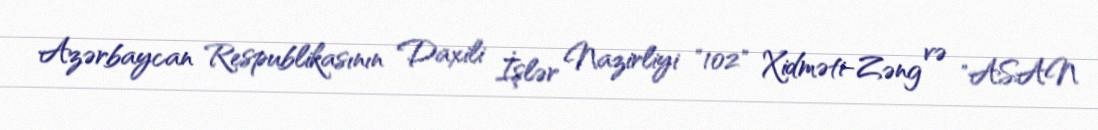
Azərbaycan Respublikasının Daxili İşlər Nazirliyi "102" Xidməti-Zəng və "ASAN